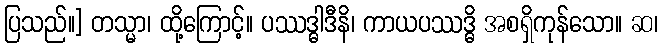
ပြသည်။] တသ္မာ၊ ထို့ကြောင့်။ ပဿဒ္ဓါဒီနိ၊ ကာယပဿဒ္ဓိ အစရှိကုန်သော။ ဆ၊